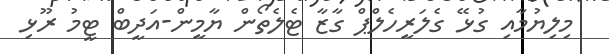
މިލިޔުމާއި ގުޅޭ ގެލަރީހެލްޕް ގާޒާ ޓެލެތޯން ޔާމީން-އަދީބް ޓީމު ރޫޅި